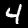
Label: 4